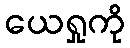
ယေရှုကို